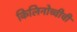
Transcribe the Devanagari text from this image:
किलिनोच्चीची